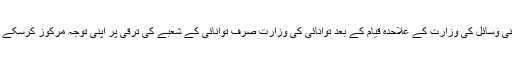
معدنی وسائل کی وزارت کے علاحدہ قیام کے بعد توانائی کی وزارت صرف توانائی کے شعبے کی ترقی پر اپنی توجہ مرکوز کرسکے گی۔